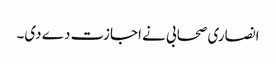
انصاری صحابی نے اجازت دے دی۔